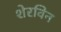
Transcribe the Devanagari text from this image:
शेरविन